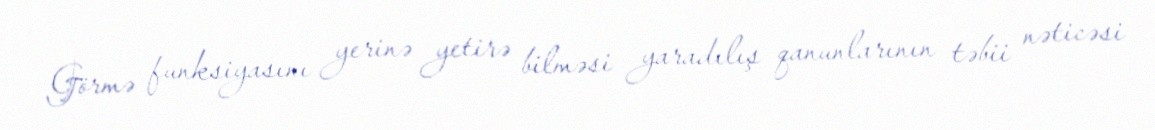
Görmə funksiyasını yerinə yetirə bilməsi yaradılış qanunlarının təbii nəticəsi